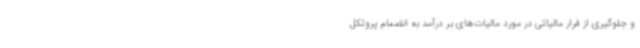
و جلوگیری از فرار مالیاتی در مورد مالیات‌های بر درآمد به انضمام پروتکل